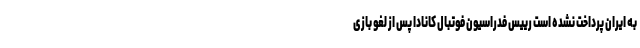
به ایران پرداخت نشده است رییس فدراسیون فوتبال کانادا پس از لغو بازی